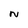
Character: N